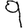
Digit: 9